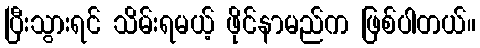
ပြီးသွားရင် သိမ်းရမယ့် ဖိုင်နာမည်က ဖြစ်ပါတယ်။